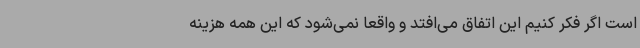
است اگر فکر کنیم این اتفاق می‌افتد و واقعا نمی‌شود که این همه هزینه